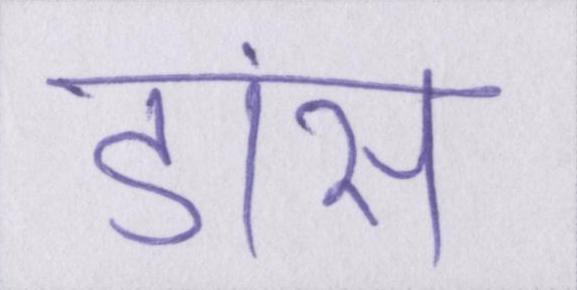
डांस